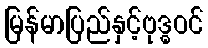
မြန်မာပြည်နှင့်ဗုဒ္ဓဝင်